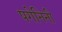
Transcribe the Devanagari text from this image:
पगेनिनी